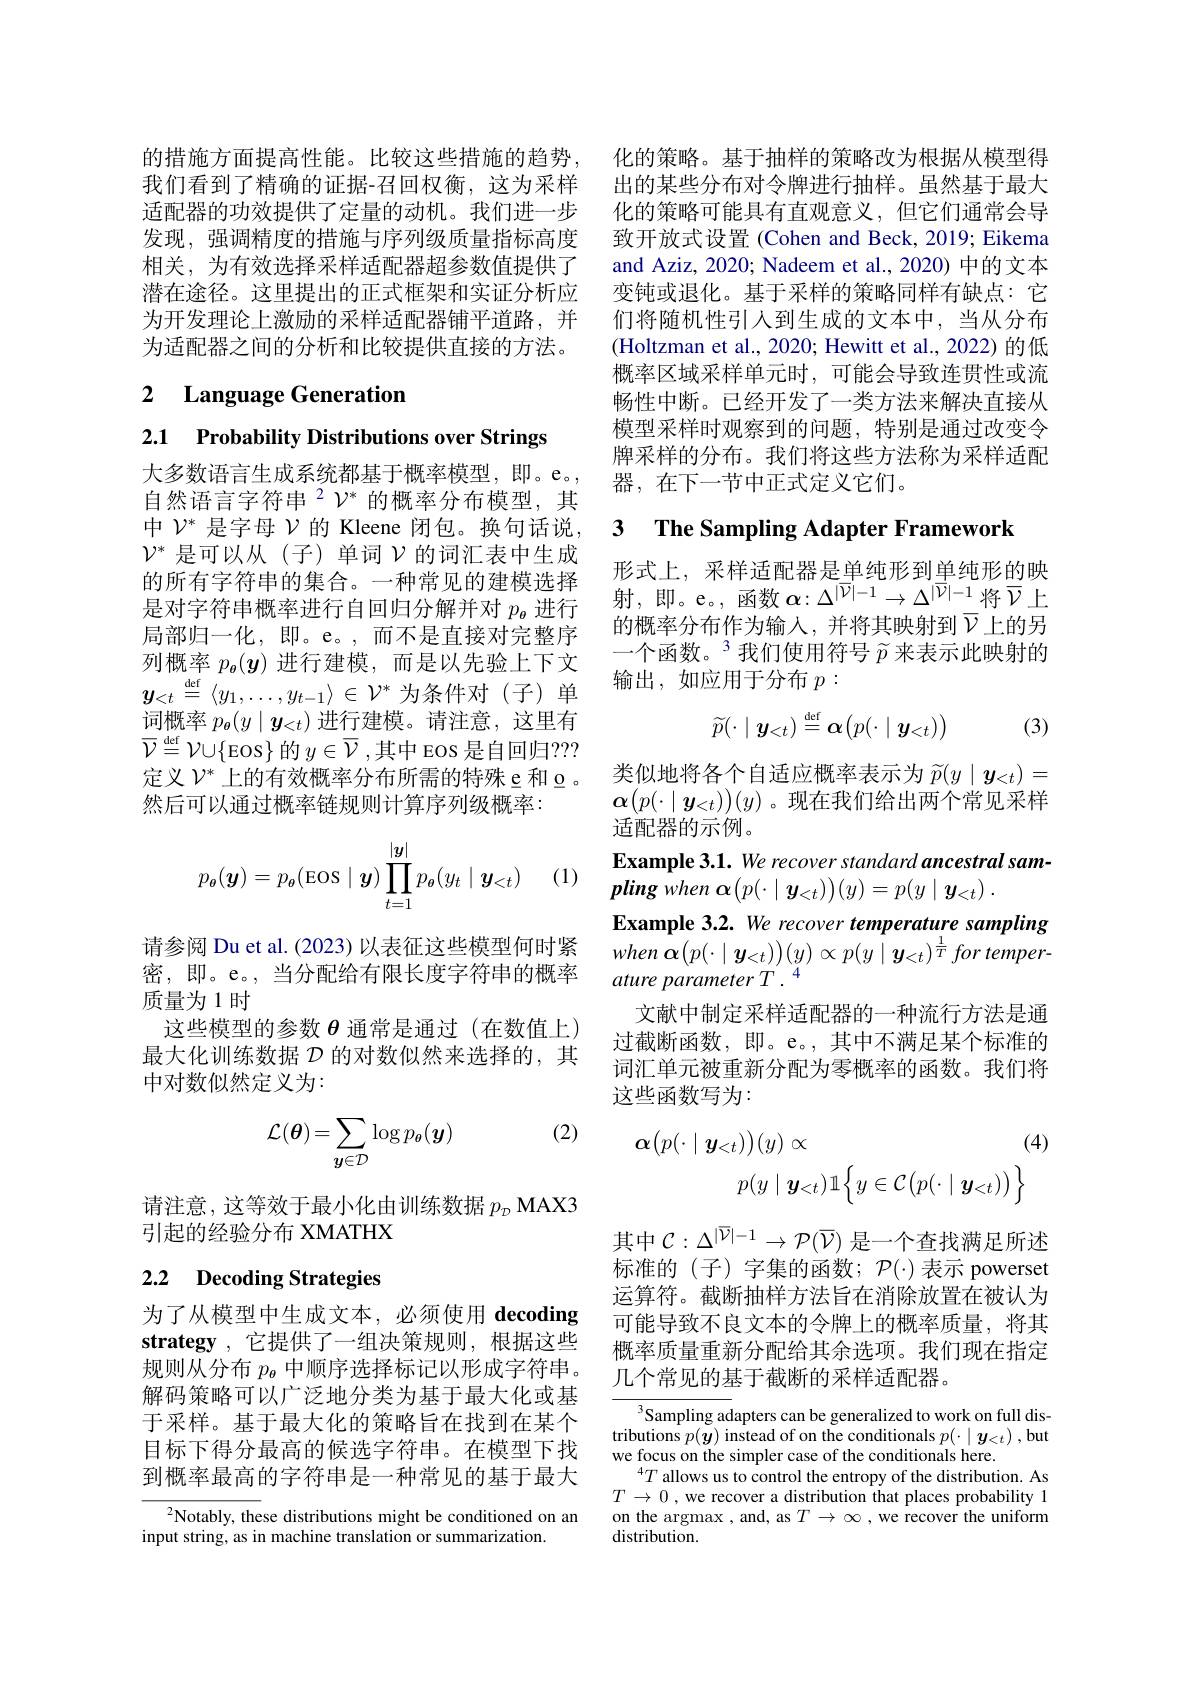
的措施方面提高性能。比较这些措施的趋势，化的策略。基于抽样的策略改为根据从模型得我们看到了精确的证据-召回权衡，这为采样 出的某些分布对令牌进行抽样。虽然基于最大适配器的功效提供了定量的动机。我们进一步 化的策略可能具有直观意义，但它们通常会导发现，强调精度的措施与序列级质量指标高度 致开放式设置 (Cohen and Beck, 2019; Eikema 相关，为有效选择采样适配器超参数值提供了潜在途径。这里提出的正式框架和实证分析应为开发理论上激励的采样适配器铺平道路，并为适配器之间的分析和比较提供直接的方法。

# 2 Language Generation

2.1 Probability Distributions over Strings

大多数语言生成系统都基于概率模型，即。e。, 自然语言字符串$^{2}\mathcal{V}^{*}$ 的概率分布模型，其中$\mathcal{V}^*$是字母$\mathcal{V}$的 Kleene 闭包。换句话说， $\mathcal{V}^*$是可以从(子)单词$\mathcal{V}$的词汇表中生成的所有字符串的集合。一种常见的建模选择是对字符串概率进行自回归分解并对$p_{\boldsymbol{\theta}}$进行局部归一化，即。e。,而不是直接对完整序列概率$p_{\boldsymbol{\theta}}(\boldsymbol{y})$进行建模，而是以先验上下文$y_{<t}\stackrel{\mathrm{def}}{=}\langle y_1,\ldots,y_{t-1}\rangle\in\mathcal{V}^*$为条件对(子)单词概率$p_{\boldsymbol{\theta}}(y\mid\boldsymbol{y}_{<t})$进行建模。请注意，这里有$\overline {\mathcal{V} }\overset {\mathrm{def}}{\operatorname* { \operatorname* { = } } }\mathcal{V} \cup \{$Eos$\}$ 的 $y\in\overline{\mathcal{V}}$,其中 Eos 是自回归？? 定义$\mathcal{V}^*$上的有效概率分布所需的特殊 e 和 o 。然后可以通过概率链规则计算序列级概率：
$$p_{\boldsymbol{\theta}}(\boldsymbol{y})=p_{\boldsymbol{\theta}}(\operatorname{Eos}\mid\boldsymbol{y})\prod\limits_{t=1}^{|\boldsymbol{y}|}p_{\boldsymbol{\theta}}(y_{t}\mid\boldsymbol{y}_{<t})$$
(1)

请参阅 Du et al. (2023) 以表征这些模型何时紧密，即。e。,当分配给有限长度字符串的概率质量为1时
这些模型的参数$\theta$通常是通过 (在数值上) 最大化训练数据$\mathcal{D}$的对数似然来选择的，其中对数似然定义为：

(2)
$$\mathcal{L}(\theta)=\sum_{\boldsymbol{y}\in\mathcal{D}}\log p_{\boldsymbol{\theta}}(\boldsymbol{y})$$
请注意，这等效于最小化由训练数据$p_{_D}$ MAX3
引起的经验分布 XMATHX

# 2.2 Decoding Strategies

为了从模型中生成文本，必须使用 decoding strategy ,它提供了一组决策规则，根据这些规则从分布$p_{\boldsymbol{\theta}}$中顺序选择标记以形成字符串。解码策略可以广泛地分类为基于最大化或基于采样。基于最大化的策略旨在找到在某个目标下得分最高的候选字符串。在模型下找到概率最高的字符串是一种常见的基于最大

$^{2}$Notably, these distributions might be conditioned on an
input string, as in machine translation or summarization.

and Aziz, 2020; Nadeem et al., 2020) 中的文本变钝或退化。基于采样的策略同样有缺点：它们将随机性引人到生成的文本中，当从分布(Holtzman et al., 2020; Hewitt et al., 2022) 的低概率区域采样单元时，可能会导致连贯性或流畅性中断。已经开发了一类方法来解决直接从模型采样时观察到的问题，特别是通过改变令牌采样的分布。我们将这些方法称为采样适配器，在下一节中正式定义它们。

# 3 The Sampling Adapter Framework

形式上，采样适配器是单纯形到单纯形的映射，即。e。, 函数 $\alpha:\Delta^|\overline{\nu}|-1\to\Delta^{|\overline{\nu}|-1}$将$\overline{\nu}$上的概率分布作为输入，并将其映射到$\overline{\nu}$上的另一个函数。$^{3}$我们使用符号 $\widetilde{p}$ 来表示此映射的输出，如应用于分布$p:$
$$\widetilde{p}(\cdot\mid\boldsymbol{y}_{<t})\stackrel{\mathrm{def}}{=}\boldsymbol{\alpha}(p(\cdot\mid\boldsymbol{y}_{<t}))$$
(3)

类似地将各个自适应概率表示为$\widetilde{p}(y\mid\boldsymbol{y}_{<t})=$ $\boldsymbol{\alpha}(p(\cdot\mid\boldsymbol{y}_{<t}))(y)$。现在我们给出两个常见采样适配器的示例。
Example 3.1. We recover standard ancestral sam-
$plingwhen\boldsymbol{\alpha }( p( \cdot \mid \boldsymbol{y}_{< t}) ) ( y) = p( y\mid \boldsymbol{y}_{< t})$ .
Example 3.2. We recover temperature sampling when $\dot{\boldsymbol{\alpha }} ( p( \cdot \mid \boldsymbol{y}_{< t}) ) ( y) \propto p( y\mid \boldsymbol{y}_{< t}) ^{\frac 1T}for$ $temper-$ ature parameter T .
文献中制定采样适配器的一种流行方法是通过截断函数，即。e。,其中不满足某个标准的词汇单元被重新分配为零概率的函数。我们将这些函数写为：
$$\alpha\big(p(\cdot\mid\boldsymbol{y}_{<t})\big)(y)\propto(4)\\p(y\mid\boldsymbol{y}_{<t})\mathbb{1}\Big\{y\in\mathcal{C}\big(p(\cdot\mid\boldsymbol{y}_{<t})\big)\Big\}$$
其中$\mathcal{C}:\Delta^{|\overline{\nu}|-1}\to\mathcal{P}(\overline{\nu})$ 是一个查找满足所述标准的(子)字集的函数；$\mathcal{P}(\cdot)$表示 powerset 运算符。截断抽样方法旨在消除放置在被认为可能导致不良文本的令牌上的概率质量，将其概率质量重新分配给其余选项。我们现在指定几个常见的基于截断的采样适配器。

$\overline{{^3}\text{Sampling ad}}$apters can be generalized to work on full distributions $p(\bar{\boldsymbol{y}})$ instead of on the conditionals $p(\cdot\mid\boldsymbol{y}_{<t})$,but we focus on the simpler case of the conditionals here.
$^4T$ allows us to control the entropy of the distribution. As $T\to0$ , we recover a distribution that places probability 1 on the argmax , and, as $T\to\infty$ , we recover the uniform distribution.